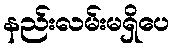
နည်းလမ်းမရှိပေ